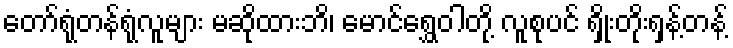
တော်ရုံတန်ရုံလူများ မဆိုထားဘိ၊ မောင်ရွှေဝါတို့ လူစုပင် ရှိုးတိုးရှန့်တန့်